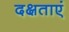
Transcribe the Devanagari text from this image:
दक्षताएं